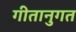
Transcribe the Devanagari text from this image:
गीतानुगत